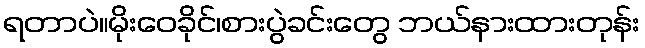
ရတာပဲ။မိုးဝေခိုင်၊စားပွဲခင်းတွေ ဘယ်နားထားတုန်း